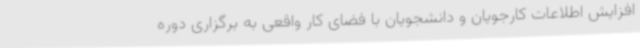
افزایش اطلاعات کارجویان و دانشجویان با فضای کار واقعی به برگزاری دوره